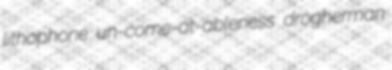
lithophone un-come-at-ableness drogherman